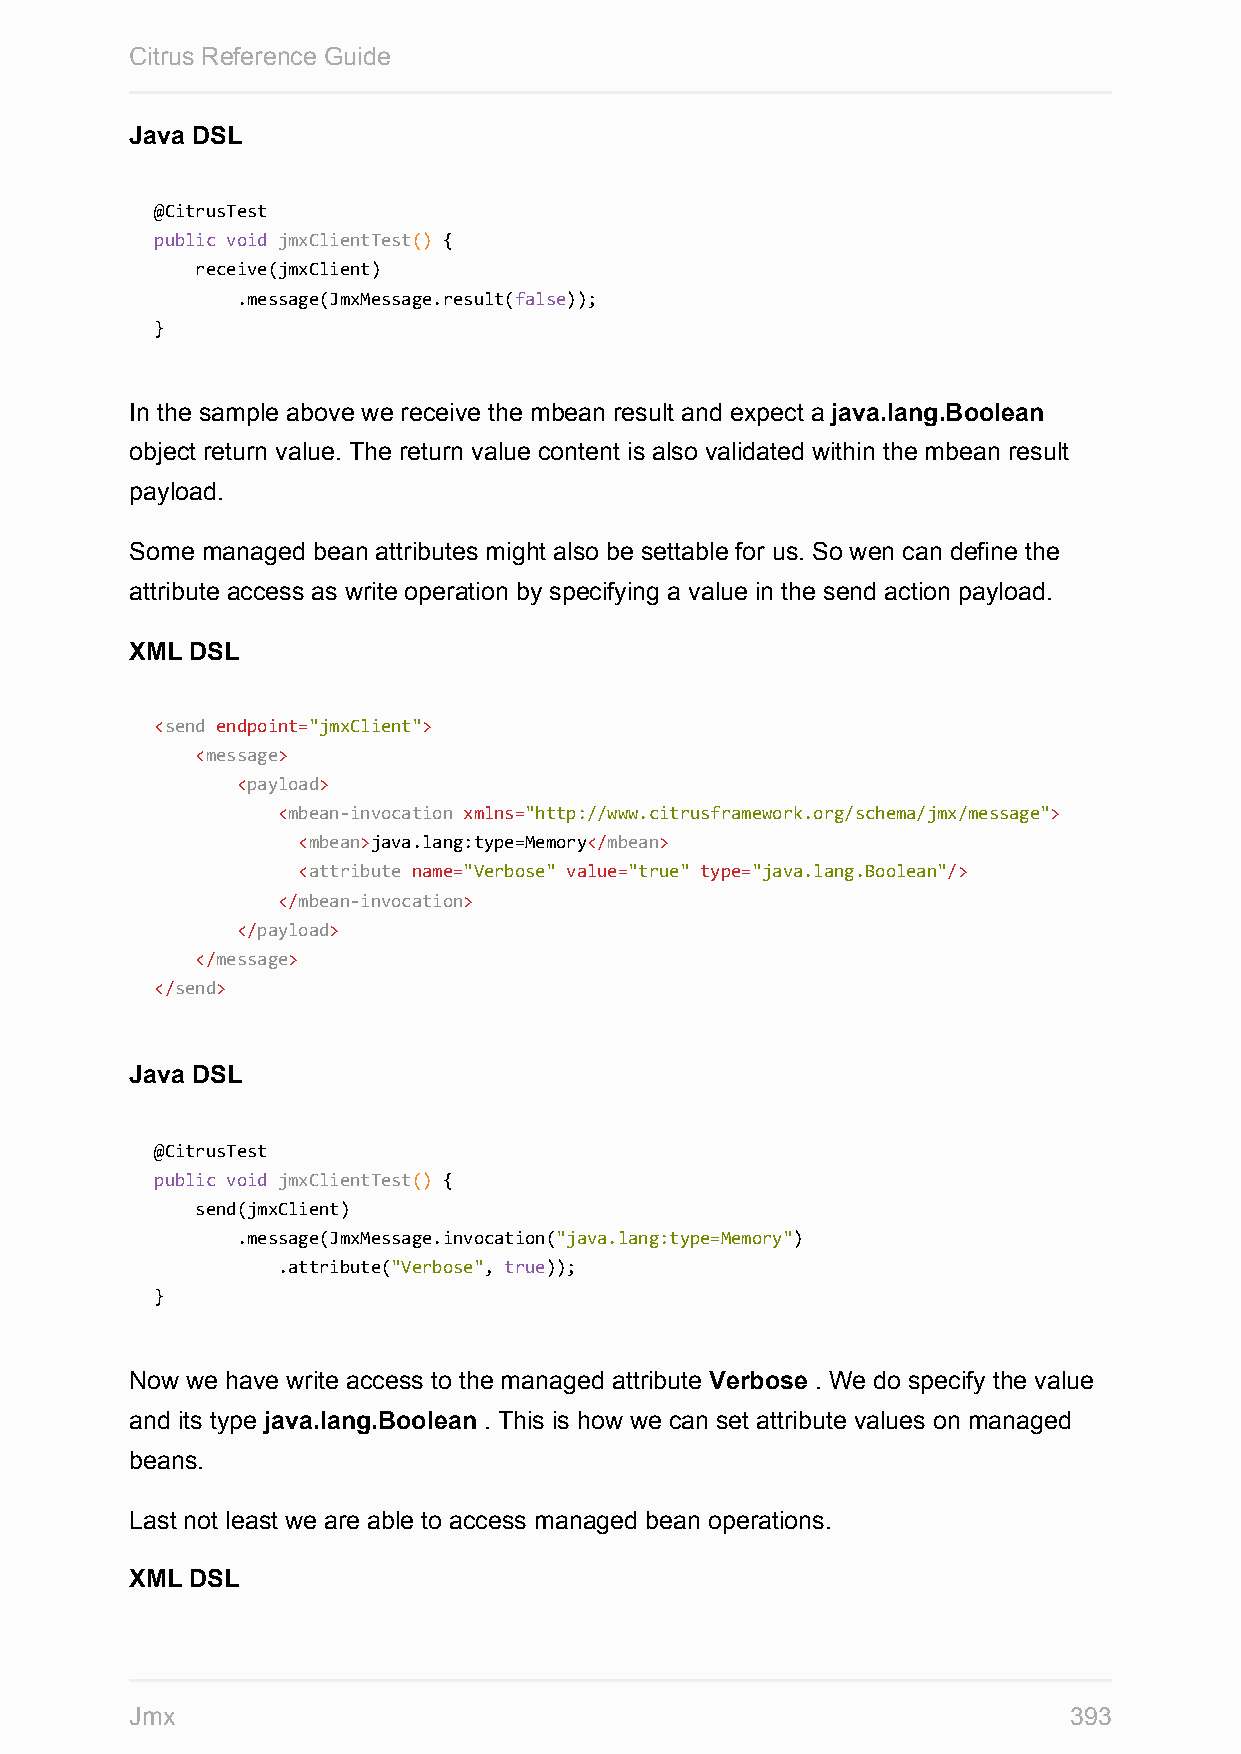
Citrus Reference Guide
 Java DSL
 @CitrusTest
 public void jmxClientTest() {
 receive(jmxClient)
 .message(JmxMessage.result(false));
 }
 In the sample above we receive the mbean result and expect a java.lang.Boolean
 object return value. The return value content is also validated within the mbean result
 payload.
 Some managed bean attributes might also be settable for us. So wen can define the
 attribute access as write operation by specifying a value in the send action payload.
 XML DSL
 <send endpoint="jmxClient">
 <message>
 <payload>
 <mbean-invocation xmlns="http://www.citrusframework.org/schema/jmx/message">
 <mbean>java.lang:type=Memory</mbean>
 <attribute name="Verbose" value="true" type="java.lang.Boolean"/>
 </mbean-invocation>
 </payload>
 </message>
 </send>
 Java DSL
 @CitrusTest
 public void jmxClientTest() {
 send(jmxClient)
 .message(JmxMessage.invocation("java.lang:type=Memory")
 .attribute("Verbose", true));
 }
 Now we have write access to the managed attribute Verbose . We do specify the value
 and its type java.lang.Boolean . This is how we can set attribute values on managed
 beans.
 Last not least we are able to access managed bean operations.
 XML DSL
 Jmx                                                           393